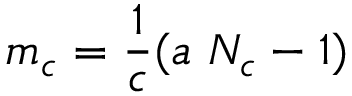
m _ { c } = \frac { 1 } { c } ( a ~ N _ { c } - 1 ) \, \, \, \, \,